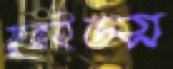
ফ্লুরাইডস